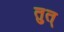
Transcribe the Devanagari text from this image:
तुत्